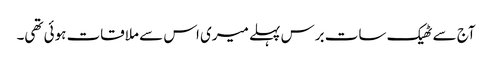
آج سے ٹھیک سات برس پہلے میری اس سے ملاقات ہوئی تھی۔